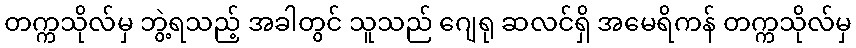
တက္ကသိုလ်မှ ဘွဲ့ရသည့် အခါတွင် သူသည် ဂျေရု ဆလင်ရှိ အမေရိကန် တက္ကသိုလ်မှ